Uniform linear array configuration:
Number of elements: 64
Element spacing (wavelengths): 0.75
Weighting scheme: hamming
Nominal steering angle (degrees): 0
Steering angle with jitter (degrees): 1.117
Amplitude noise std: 0.05
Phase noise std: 0.05

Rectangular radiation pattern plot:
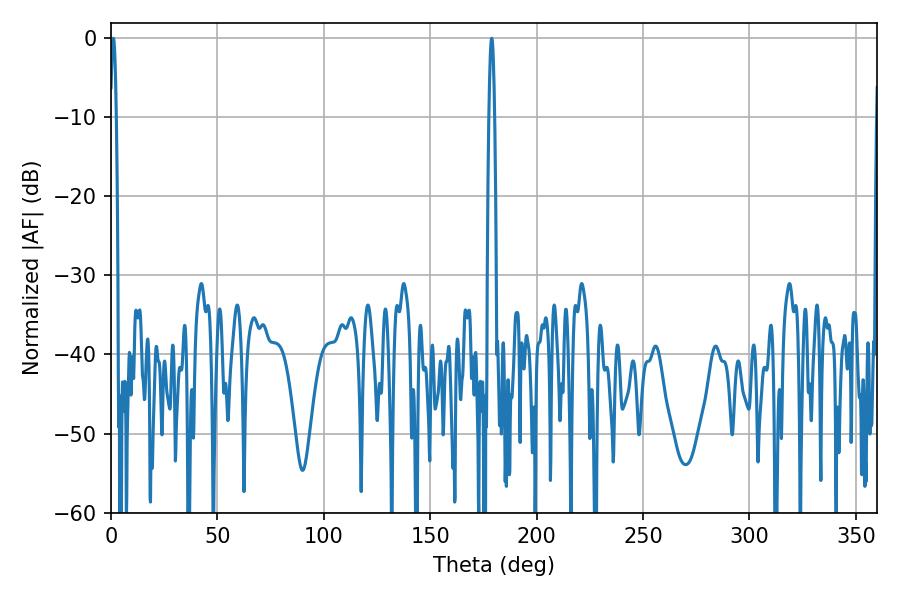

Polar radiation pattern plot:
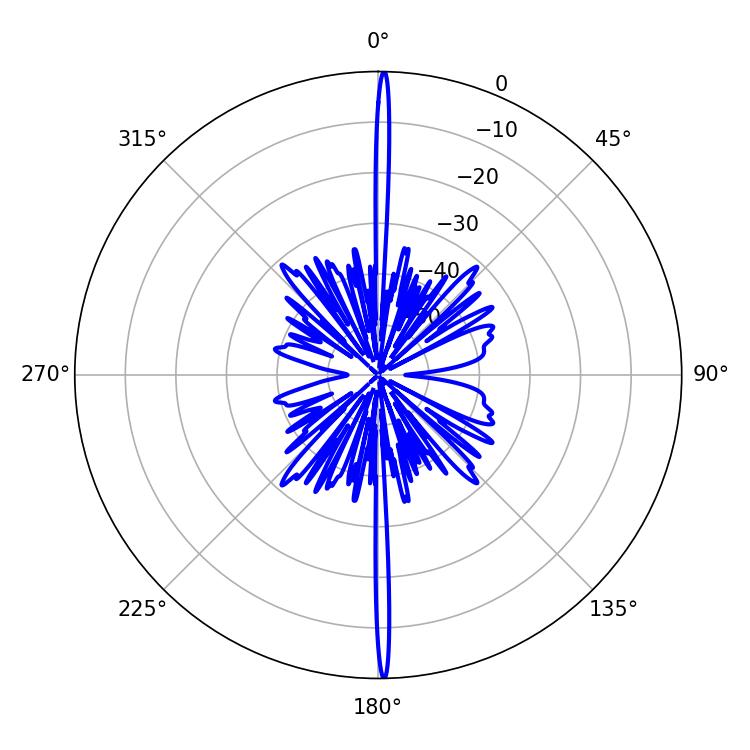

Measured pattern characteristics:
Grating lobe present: TRUE
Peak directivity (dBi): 32.208
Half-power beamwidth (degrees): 1.44
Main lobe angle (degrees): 1.08